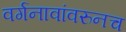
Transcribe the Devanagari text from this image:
वर्गनावांवरुनच